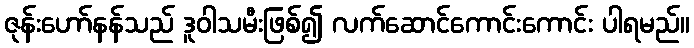
ဇုန်းဟော်နန်သည် ဒူဝါသမီးဖြစ်၍ လက်ဆောင်ကောင်းကောင်း ပါရမည်။